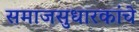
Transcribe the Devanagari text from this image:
समाजसुधारकांचे